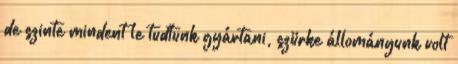
de szinte mindent le tudtunk gyártani, szürke állományunk volt